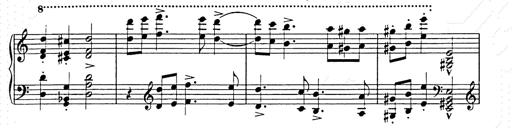
Title: Hungarian Rhapsody No.15
Composer: Franz Liszt
Key: A minor